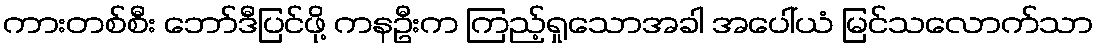
ကားတစ်စီး ဘော်ဒီပြင်ဖို့ ကနဦးက ကြည့်ရှုသောအခါ အပေါ်ယံ မြင်သလောက်သာ